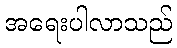
အရေးပါလာသည်